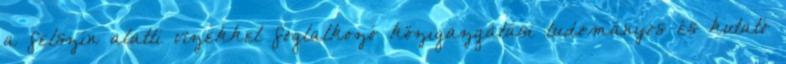
a felszín alatti vizekkel foglalkozó közigazgatási tudományos és kutató